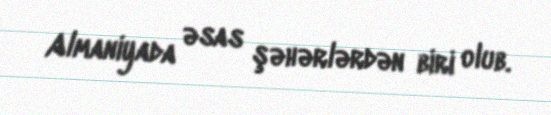
Almaniyada əsas şəhərlərdən biri olub.